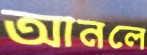
আনলে